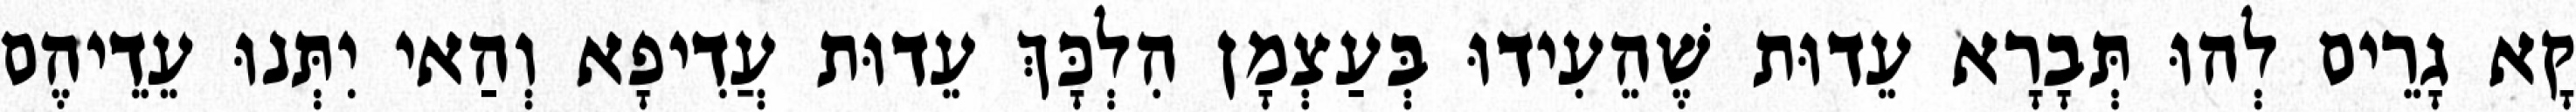
קָא גָרֵים לְהוּ תְּבָרָא עֵדוּת שֶׁהֵעִידוּ בְּעַצְמָן הִלְכָּךְ עֵדוּת עֲדִיפָא וְהַאי יִתְּנוּ עֵדֵיהֶם